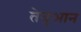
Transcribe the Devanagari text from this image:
तेयुआन